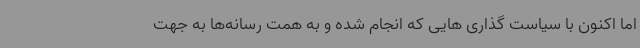
اما اکنون با سیاست گذاری هایی که انجام شده و به همت رسانه‌ها به جهت